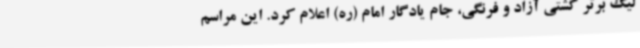
لیگ برتر کشتی آزاد و فرنگی، جام یادگار امام (ره) اعلام کرد. این مراسم